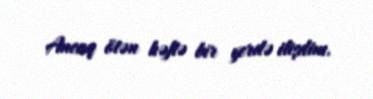
Ancaq ötən həftə bir yerdə ilişdim.